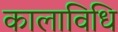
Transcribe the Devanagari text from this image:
कालाविधि